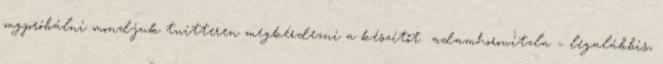
mgpróbálni mondjuk twitteren megkérdezni a készítőt adamhorowitzla – legalábbis,